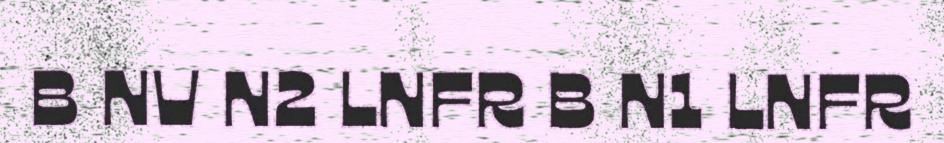
B NV N2 LNFR B N1 LNFR